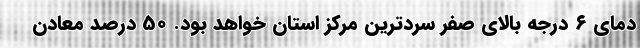
دمای ۶ درجه بالای صفر سردترین مرکز استان خواهد بود. 50 درصد معادن